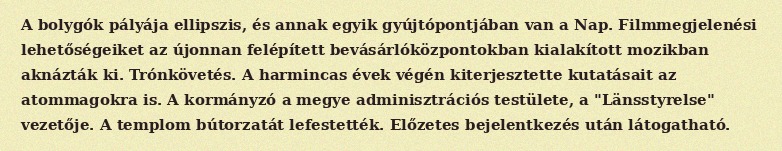
A bolygók pályája ellipszis, és annak egyik gyújtópontjában van a Nap. Filmmegjelenési lehetőségeiket az újonnan felépített bevásárlóközpontokban kialakított mozikban aknázták ki. Trónkövetés. A harmincas évek végén kiterjesztette kutatásait az atommagokra is. A kormányzó a megye adminisztrációs testülete, a "Länsstyrelse" vezetője. A templom bútorzatát lefestették. Előzetes bejelentkezés után látogatható.